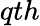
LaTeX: qth